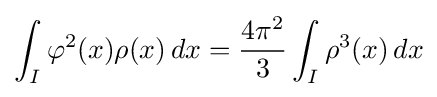
\int _{I}\varphi ^{2}(x)\rho (x)\,dx={\frac {4\pi ^{2}}{3}}\int _{I}\rho ^{3}(x)\,dx